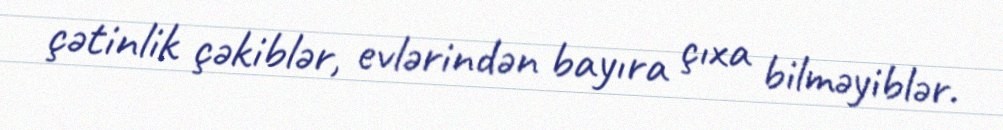
çətinlik çəkiblər, evlərindən bayıra çıxa bilməyiblər.